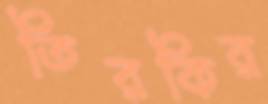
তিরকির